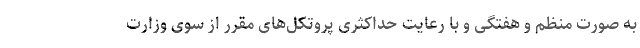
به صورت منظم و هفتگی و با رعایت حداکثری پروتکل‌های مقرر از سوی وزارت